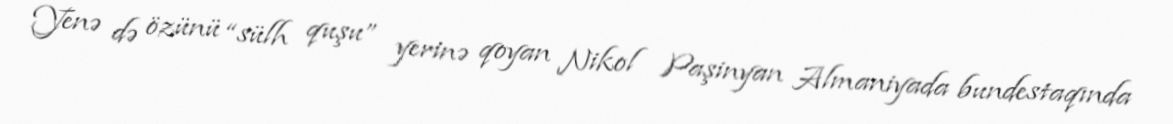
Yenə də özünü “sülh quşu” yerinə qoyan Nikol Paşinyan Almaniyada bundestaqında